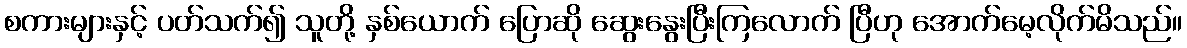
စကားများနှင့် ပတ်သက်၍ သူတို့ နှစ်ယောက် ပြောဆို ဆွေးနွေးပြီးကြလောက် ပြီဟု အောက်မေ့လိုက်မိသည်။